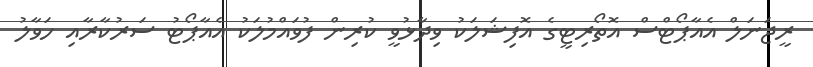
ރީޖަނަލް އެއާޕޯޓްސް އޮތޯރިޓީގެ އޮފިޝަލަކު ވިދާޅުވީ ކުރިން ފުވައްމުލަކު އެއާޕޯޓު ސަރުކާރާއި ހަވާލު